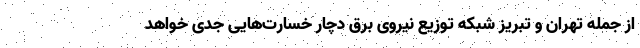
از جمله تهران و تبریز شبکه توزیع نیروی برق دچار خسارت‌هایی جدی خواهد